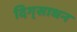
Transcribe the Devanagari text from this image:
दिग्‌साधन